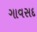
ગાવસદ